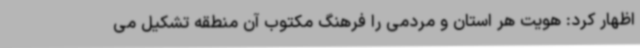
اظهار کرد: هویت هر استان و مردمی را فرهنگ مکتوب آن منطقه تشکیل می